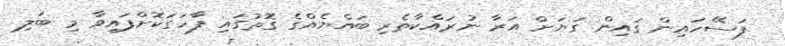
ފަސޭހައިން ގައިން ގަޔަށް އަރާ ނުރައްކާތެރި ބައްޔެއްގެ ގޮތުގައި ފާހަގަކޮށްފައިވާ މި ބަލި